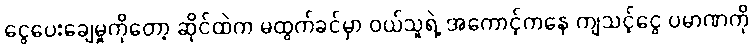
ငွေပေးချေမှုကိုတော့ ဆိုင်ထဲက မထွက်ခင်မှာ ဝယ်သူရဲ့ အကောင့်ကနေ ကျသင့်ငွေ ပမာဏကို